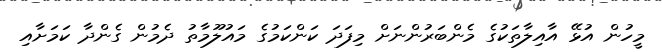
މީހުން އުޅޭ އާއިލާތަކުގެ މެންބަރުންނަށް މިފަދަ ކަންކަމުގެ މައުލޫމާތު ދެމުން ގެންދާ ކަމަށާއި